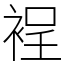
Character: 裎